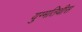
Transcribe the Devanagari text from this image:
युग्मतिथीस